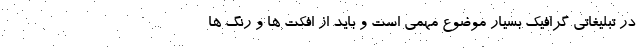
در تبلیغاتی گرافیک بسیار موضوع مهمی است و باید از افکت ها و رنگ ها